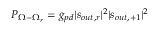
P _ { \Omega - \Omega _ { r } } = g _ { p d } | s _ { o u t , r } | ^ { 2 } | s _ { o u t , + 1 } | ^ { 2 }